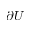
\partial U